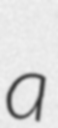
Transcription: a